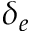
\delta _ { e }